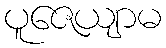
ပူဇေယျာမ